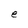
Character: e